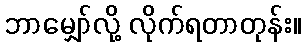
ဘာမျှော်လို့ လိုက်ရတာတုန်း။